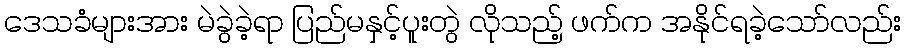
ဒေသခံများအား မဲခွဲခဲ့ရာ ပြည်မနှင့်ပူးတွဲ လိုသည့် ဖက်က အနိုင်ရခဲ့သော်လည်း